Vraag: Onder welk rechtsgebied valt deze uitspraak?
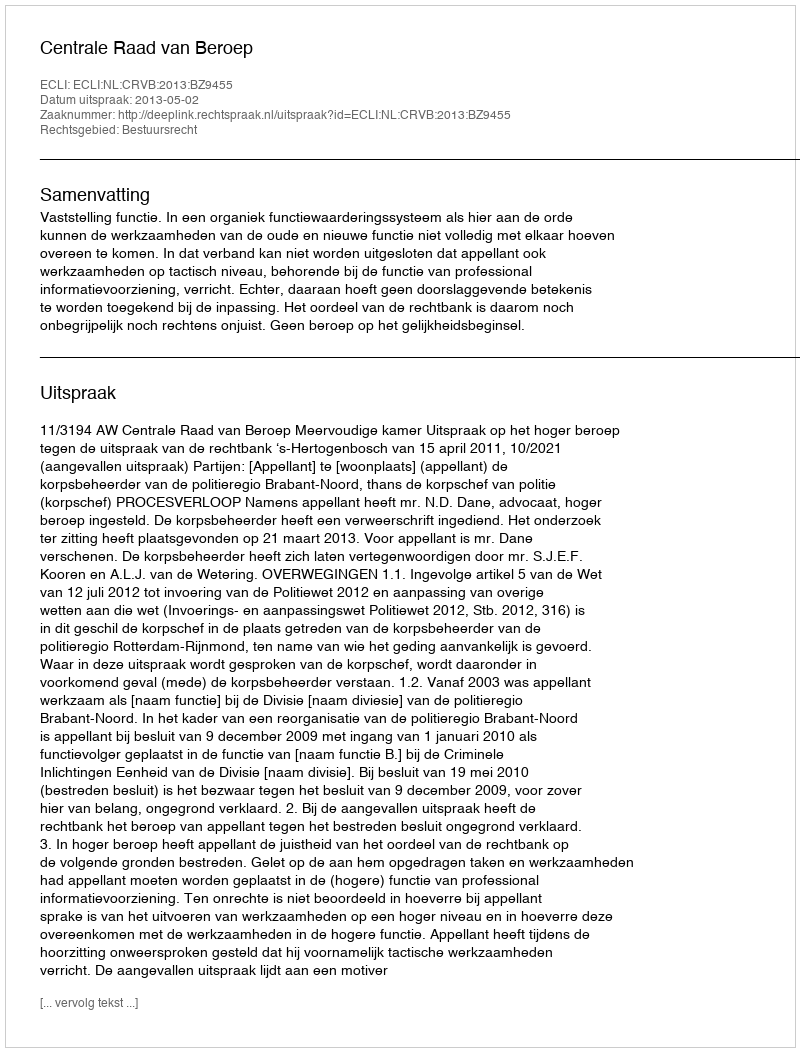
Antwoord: Bestuursrecht